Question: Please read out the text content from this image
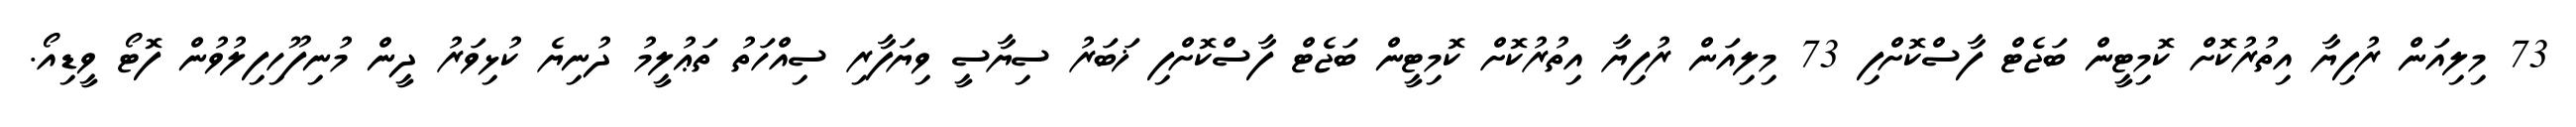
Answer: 73 މިލިއަން ރުފިޔާ އިތުރުކޮށް ކޮމިޓީން ބަޖެޓް ފާސްކޮށްފި 73 މިލިއަން ރުފިޔާ އިތުރުކޮށް ކޮމިޓީން ބަޖެޓް ފާސްކޮށްފި ޚަބަރު ސިޔާސީ ވިޔަފާރި ސިއްހަތު ތަޢުލީމު ދުނިޔެ ކުޅިވަރު ދީން މުނިފޫހިފިލުވުން ފޮޓޯ ވީޑިއޯ.